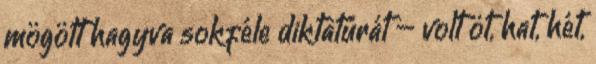
mögött hagyva sokféle diktatúrát – volt öt, hat, hét,